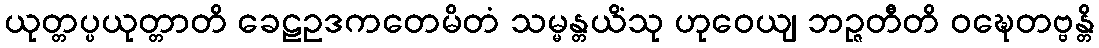
ယုတ္တပ္ပယုတ္တာတိ ခေဠဥဒကတေမိတံ သမ္မန္တယိံသု ဟုဝေယျ ဘဉ္ဇတီတိ ဝဍ္ဎေတဗ္ဗန္တိ